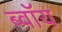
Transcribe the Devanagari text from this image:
ब्‍वॉय